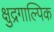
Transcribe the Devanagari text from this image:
क्षुद्रगाल्पिक